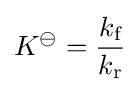
K^{\ominus }={\frac {k_{\text{f}}}{k_{\text{r}}}}